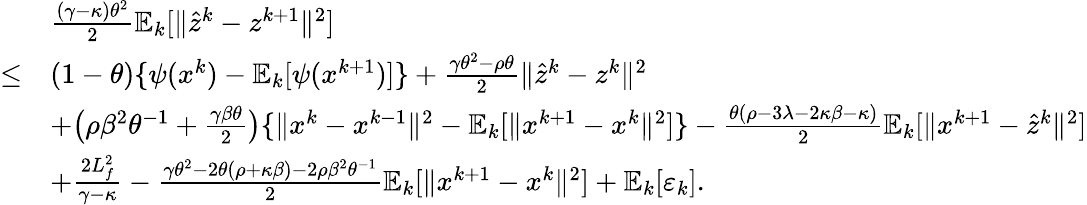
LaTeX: \begin{array}{rl}&{\frac{(\gamma-\kappa)\theta^{2}}{2}\mathbb{E}_{k}[\| \hat{z}^{k}-z^{k+1}\| ^{2}]}\\ {\leq}&{(1-\theta)\{ \psi(x^{k})-\mathbb{E}_{k}[\psi(x^{k+1})]\} +\frac{\gamma\theta^{2}-\rho\theta}{2}\| \hat{z}^{k}-z^{k}\| ^{2}}\\ &{+\big(\rho\beta^{2}\theta^{-1}+\frac{\gamma\beta\theta}{2}\big)\{ \| x^{k}-x^{k-1}\| ^{2}-\mathbb{E}_{k}[\| x^{k+1}-x^{k}\| ^{2}]\} -\frac{\theta(\rho-3\lambda-2\kappa\beta-\kappa)}{2}\mathbb{E}_{k}[\| x^{k+1}-\hat{z}^{k}\| ^{2}]}\\ &{+\frac{2L_{f}^{2}}{\gamma-\kappa}-\frac{\gamma\theta^{2}-2\theta(\rho+\kappa\beta)-2\rho\beta^{2}\theta^{-1}}{2}\mathbb{E}_{k}[\| x^{k+1}-x^{k}\| ^{2}]+\mathbb{E}_{k}[\varepsilon_{k}].}\end{array}